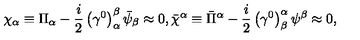
\chi _ { \alpha } \equiv \Pi _ { \alpha } - \frac { i } { 2 } \left( \gamma ^ { 0 } \right) _ { \alpha } ^ { \beta } \bar { \psi } _ { \beta } \approx 0 , \bar { \chi } ^ { \alpha } \equiv \bar { \Pi } ^ { \alpha } - \frac { i } { 2 } \left( \gamma ^ { 0 } \right) _ { \beta } ^ { \alpha } \psi ^ { \beta } \approx 0 ,